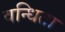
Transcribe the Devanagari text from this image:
वन्धिता